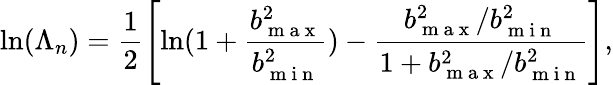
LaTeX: \mathrm{ln}(\Lambda_{n})=\frac{1}{2}\left[\mathrm{ln}(1+\frac{b_{\mathrm{~m~a~x~}}^{2}}{b_{\mathrm{~m~i~n~}}^{2}})-\frac{b_{\mathrm{~m~a~x~}}^{2}/b_{\mathrm{~m~i~n~}}^{2}}{1+b_{\mathrm{~m~a~x~}}^{2}/b_{\mathrm{~m~i~n~}}^{2}}\right],